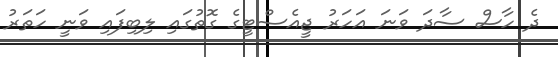
ދެ ހާސް ސާދަ ވަނަ އަހަރު ޖީއެސްޓީގެ ގޮތުގައި ލިބިފައި ވަނީ ހަތަރު